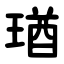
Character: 㻥